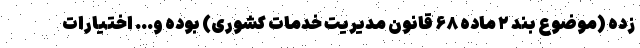
زده (موضوع بند ۲ ماده ۶۸ قانون مدیریت خدمات کشوری) بوده و… اختیارات